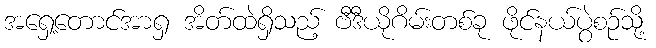
အရှေ့တောင်အာရှ အိတ်ထဲရှိသည့် ဗီဒီယိုဂိမ်းတစ်ခု ဖိုင်နယ်ပွဲစဉ်သို့